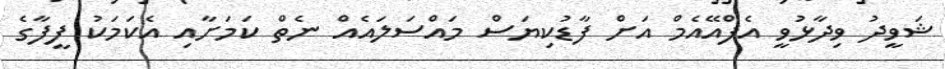
ޝަވީދު ވިދާޅުވީ އެފްއޭއެމް އަށް ފާޑުކިޔަސް މައްސަލައެއް ނެތް ކަމަށާއި އެކަމަކު ފީފާގެ